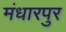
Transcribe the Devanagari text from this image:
मंधारपुर